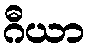
ဂီယာ